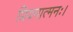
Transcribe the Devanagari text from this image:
प्रियमात्मनः।